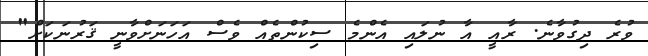
ވުރެ ދިގުވާނެ. ރާއީ އާ ނުލައި އެންމެ ސިކުންތެއް ވެސް އަހަނަށްވާނީ ޤަރުނަކަށް"